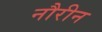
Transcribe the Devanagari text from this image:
नौरीन